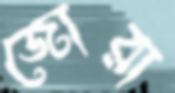
জোরা